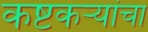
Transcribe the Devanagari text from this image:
कष्टकऱ्यांचा